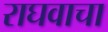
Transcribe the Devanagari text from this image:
राघवाचा